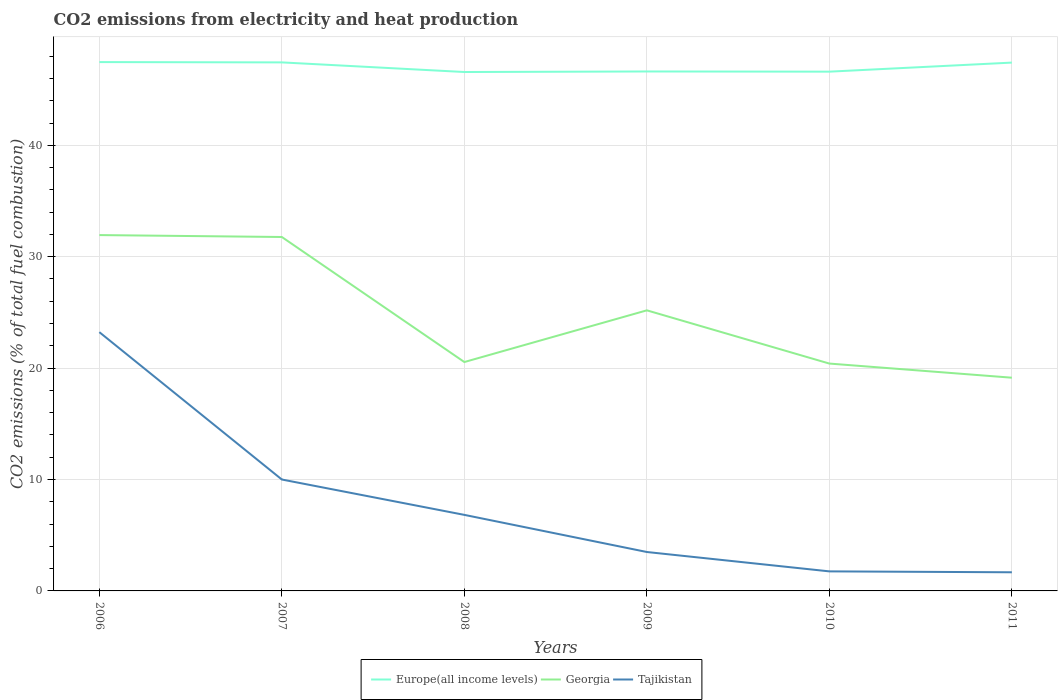
| Years | Europe(all income levels) | Georgia | Tajikistan |
 | --- | --- | --- | --- |
 | 2006 | 47.5 | 31.9 | 23.2 |
 | 2007 | 47.4 | 31.8 | 10 |
 | 2008 | 46.6 | 20.5 | 6.83 |
 | 2009 | 46.6 | 25.2 | 3.49 |
 | 2010 | 46.6 | 20.4 | 1.75 |
 | 2011 | 47.4 | 19.1 | 1.67 |